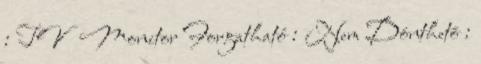
: TV Monitor Forgatható : Nem Dönthetõ :